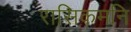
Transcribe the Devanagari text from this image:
रासिकमनि